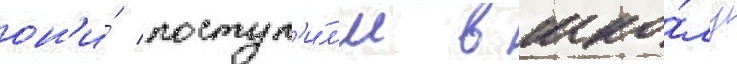
он'и́ поступ'и́л'и в шко́лу